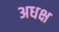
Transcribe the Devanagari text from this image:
अधक्ष